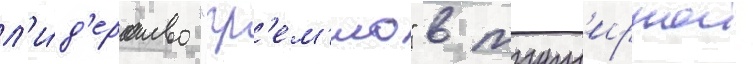
л'и́д'ерство "гр'ем'ио" в турн'ирнои